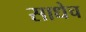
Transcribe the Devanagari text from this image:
साधेच